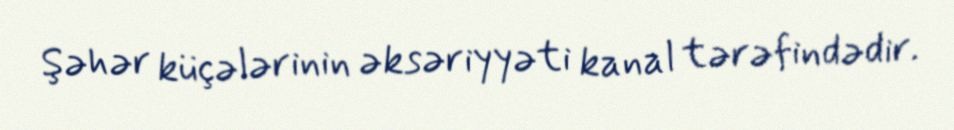
Şəhər küçələrinin əksəriyyəti kanal tərəfindədir.